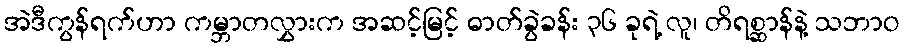
အဲဒီကွန်ရက်ဟာ ကမ္ဘာတလွှားက အဆင့်မြင့် ဓာတ်ခွဲခန်း ၃၆ ခုရဲ့ လူ၊ တိရစ္ဆာန်နဲ့ သဘာဝ